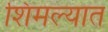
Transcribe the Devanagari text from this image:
शिमल्यात